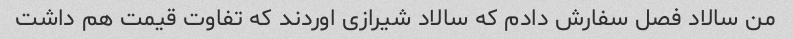
من سالاد فصل سفارش دادم که سالاد شیرازی اوردند که تفاوت قیمت هم داشت